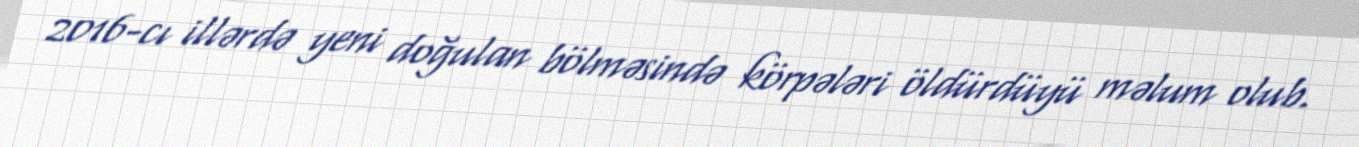
2016-cı illərdə yeni doğulan bölməsində körpələri öldürdüyü məlum olub.